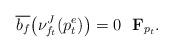
LaTeX: \begin{align*}\overline{b_f}\big(\nu_{f_t}^J(p_t^e)\big)=0\,\,\,\,{\mathbf F}_{p_t}.\end{align*}